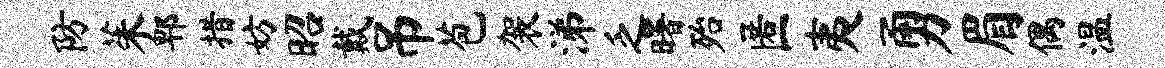
防茱郫措妨昭戴吊苞袈涕乏曙殆匿夷勇眉偶温